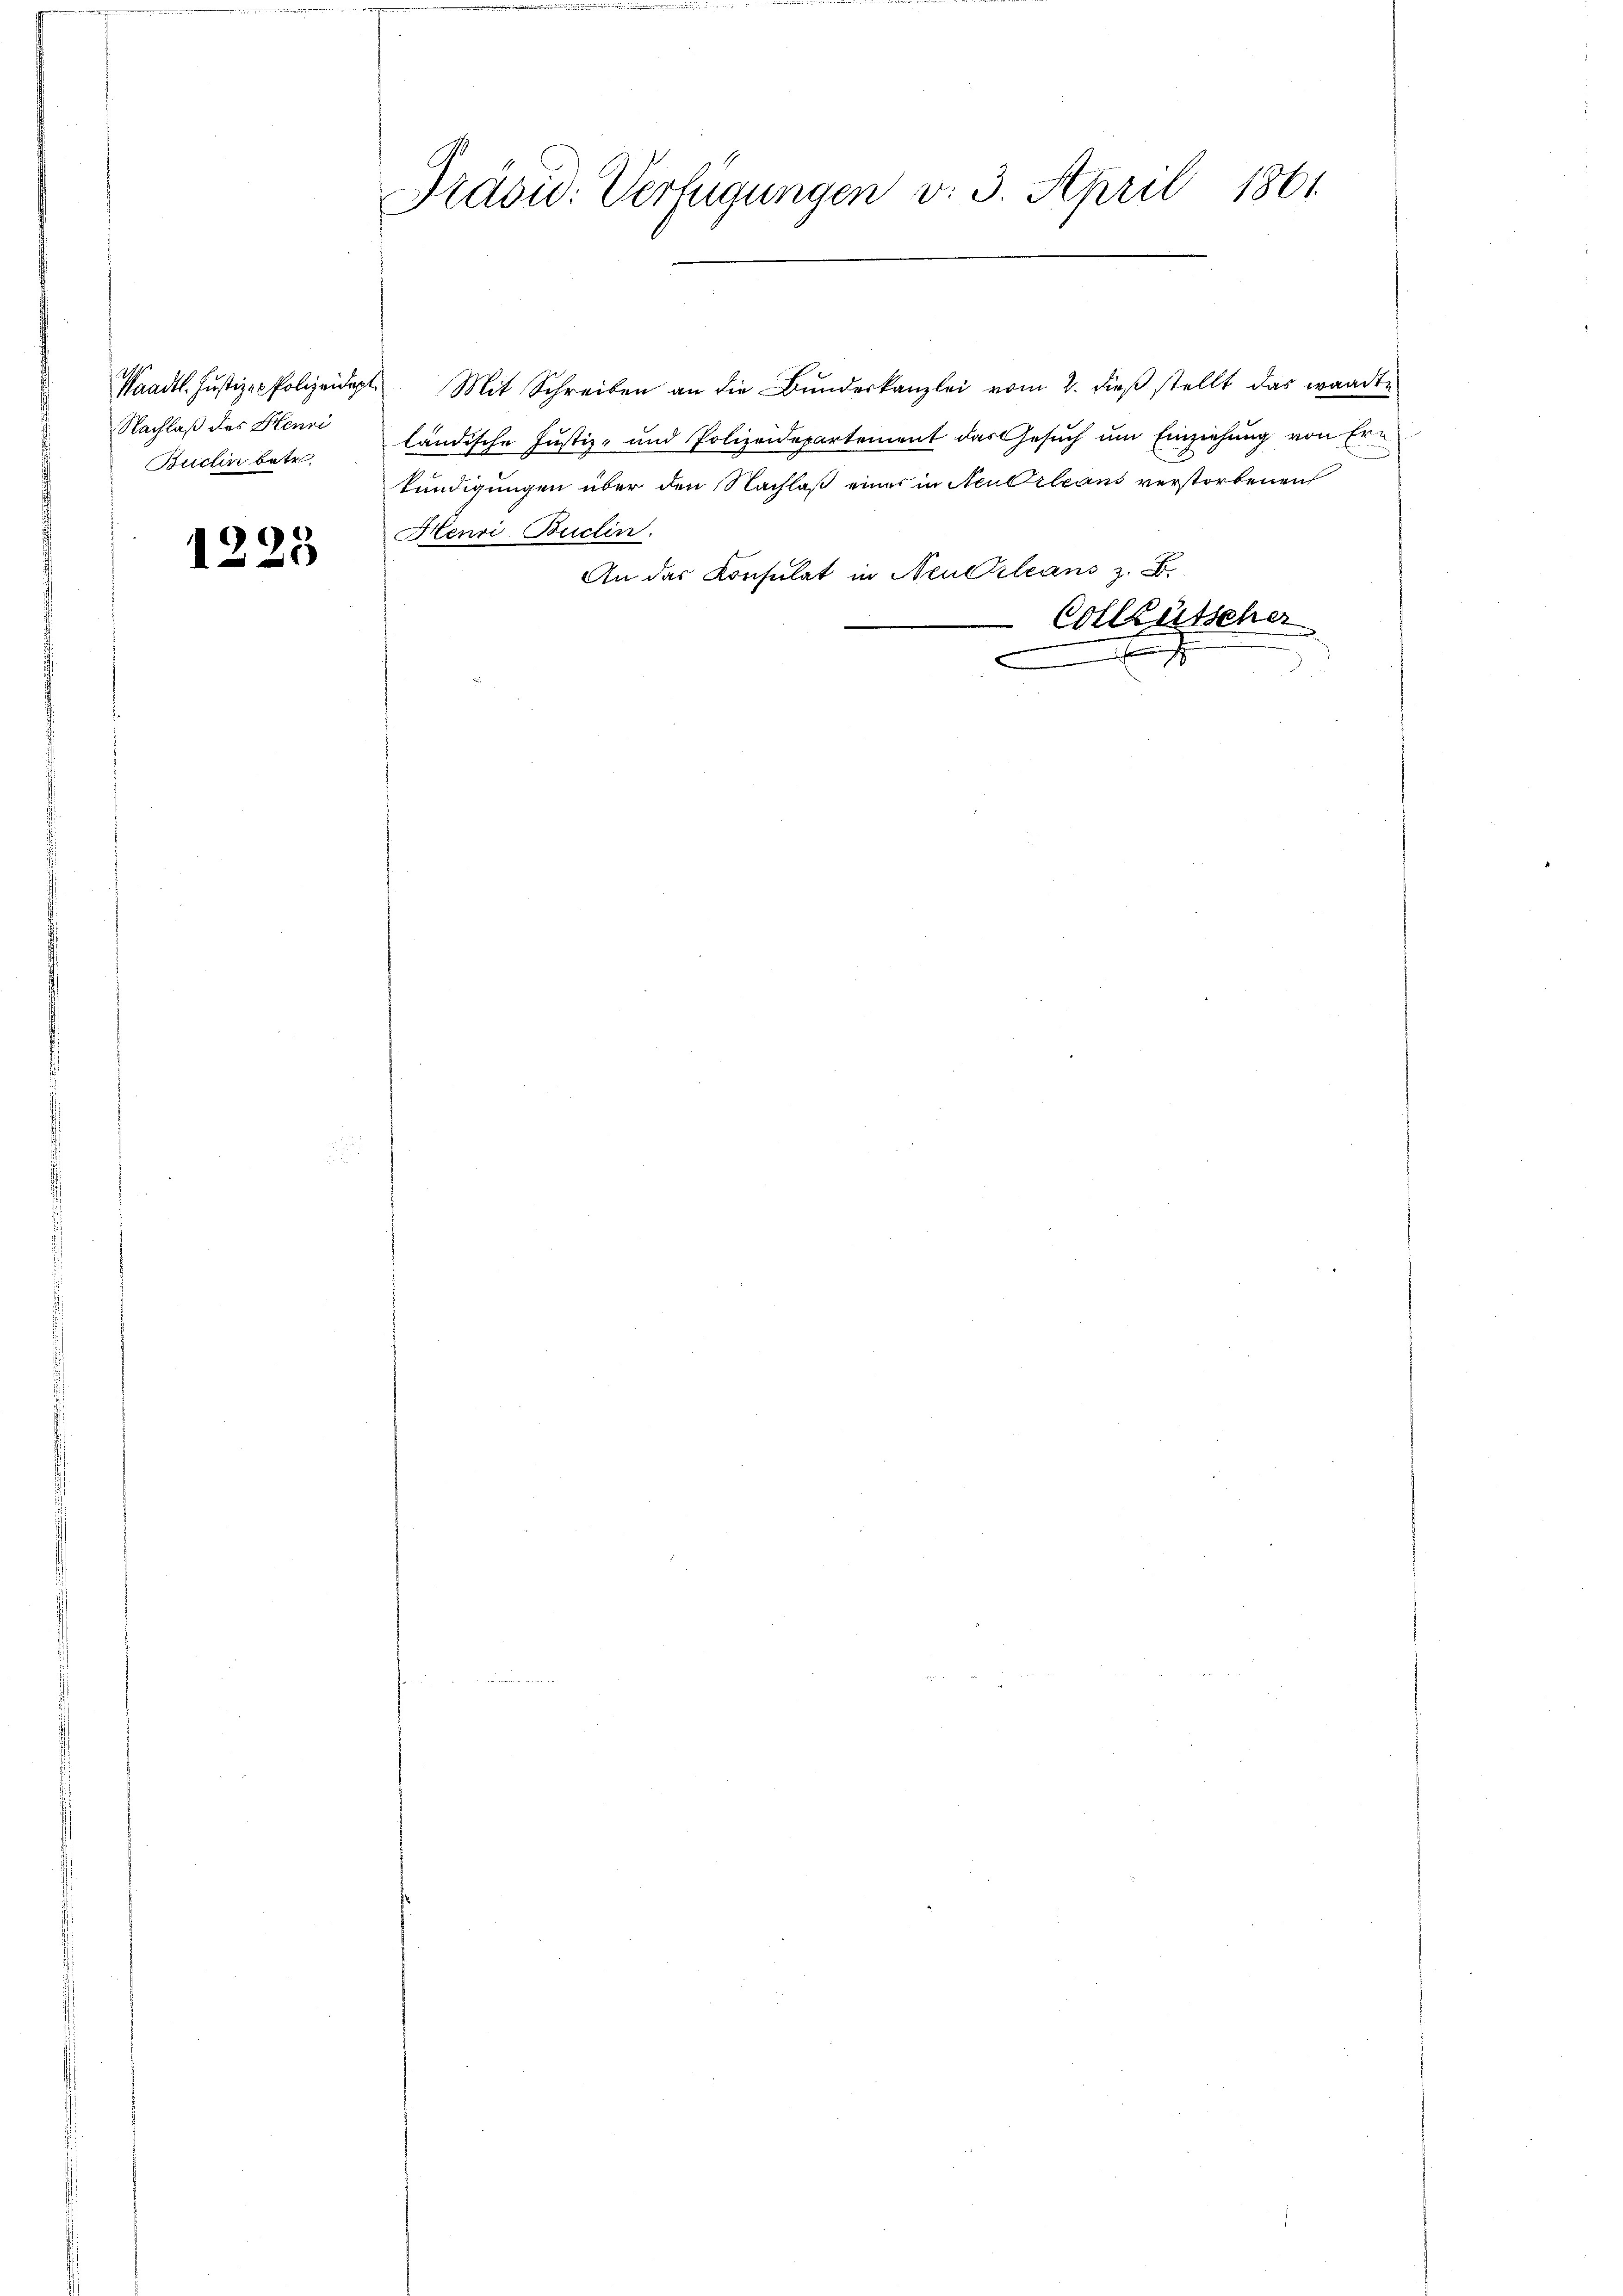
Paadtl. Justiz-Polizeidep
Nachlaß des Henri
Buchin betr.

1225

Präsid. Verfügungen v. 3. April 1861

Mit Schreiben an die Bundeskanzlei vom 2. dieß stellt das waadte
ländische Justiz- und Polizeidepartement das Gesuch um Einziehung von Ern
kundigungen über den Nachlaß eines in Neu Orleans verstorbenen
Henri Buclin.
An das Konsulat in Neuchleans z. B.
Collentscher
E
e